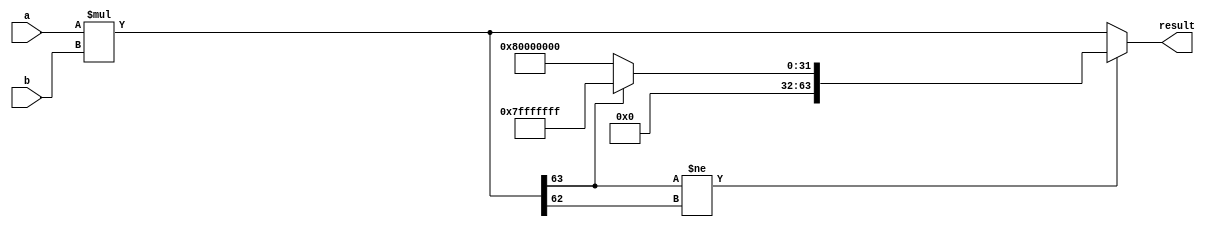
module signed_multiplier(
   input signed [31:0] a,
   input signed [31:0] b,
   output reg signed [63:0] result
);

reg signed [63:0] temp;

always @(*) begin
  temp = a * b;
  if (temp[63] != temp[62]) begin // check for overflow
    result = (temp[63] == 1) ? 32'h7FFFFFFF : 32'h80000000; // saturation
  end else begin
    result = temp;
  end
end

endmodule